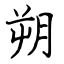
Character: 朔